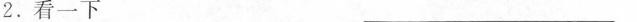
2.看一下 ___